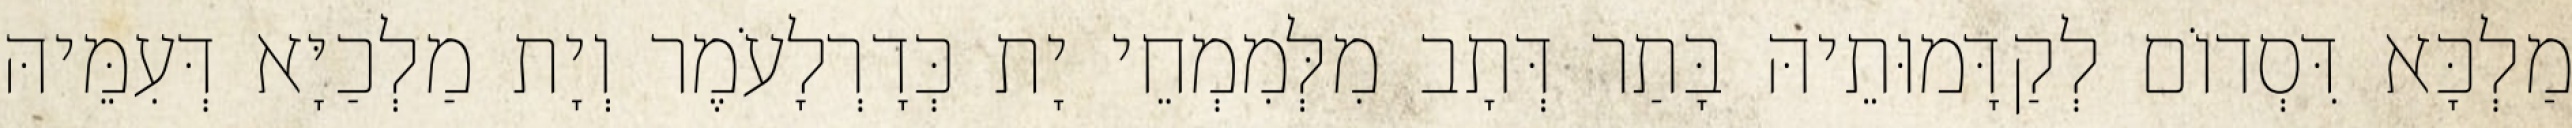
מַלְכָּא דִּסְדוֹם לְקַדָּמוּתֵיהּ בָּתַר דְּתָב מִלְּמִמְחֵי יָת כְּדָרְלָעֹמֶר וְיָת מַלְכַיָּא דְּעִמֵּיהּ